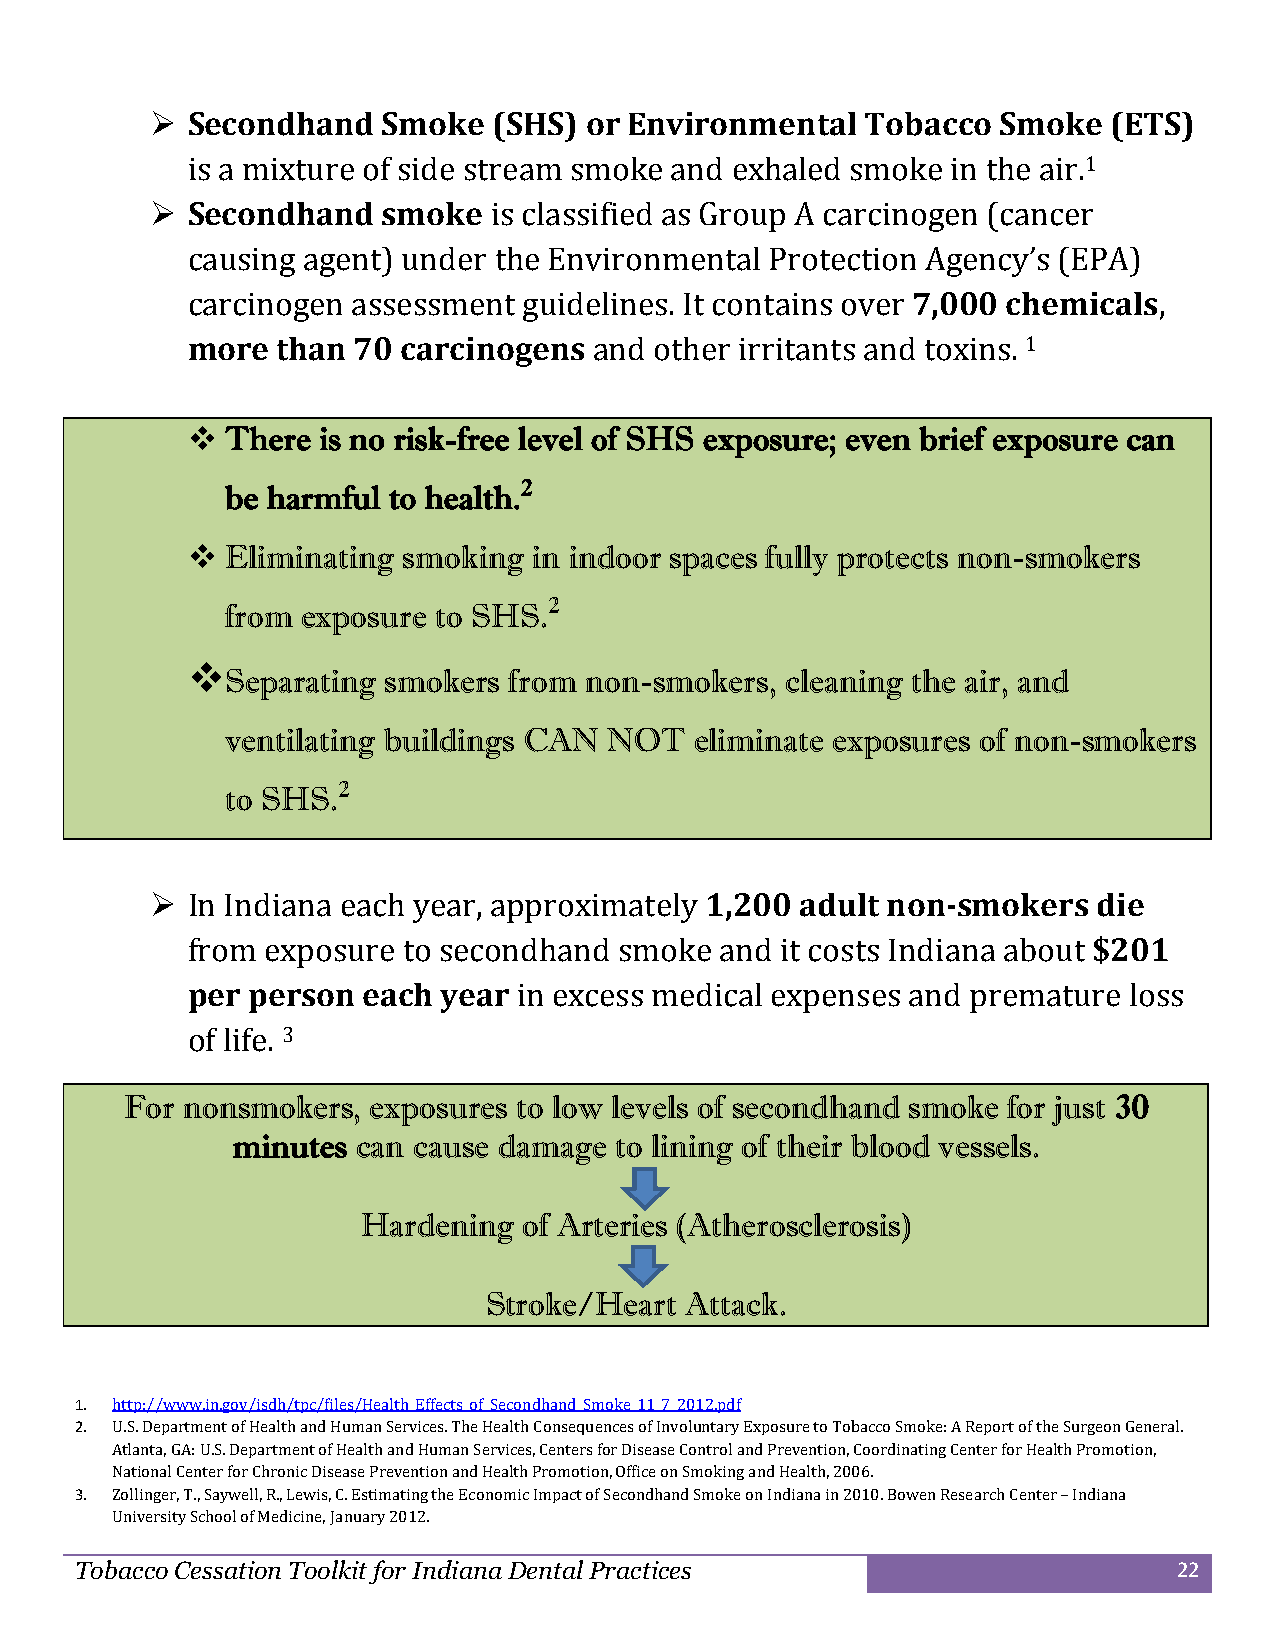
 Secondhand   Smoke   (SHS) or Environmental  Tobacco  Smoke  (ETS)
 is a mixture of side stream smoke and exhaled smoke in the air.1
  Secondhand   smoke  is classified as Group A carcinogen (cancer
 causing agent) under the Environmental Protection Agency’s (EPA)
 carcinogen assessment  guidelines. It contains over 7,000 chemicals,
 more  than 70  carcinogens and other irritants and toxins. 1
   There is no risk-free level of SHS exposure; even brief exposure can
 be harmful to health.2
   Eliminating smoking in indoor spaces fully protects non-smokers
 from exposure to SHS.2
 
 Separating smokers from non-smokers, cleaning the air, and
 ventilating buildings CAN NOT  eliminate exposures of non-smokers
 to SHS.2
  In Indiana each year, approximately 1,200 adult non-smokers  die
 from exposure  to secondhand smoke  and it costs Indiana about $201
 per person  each year in excess medical expenses and premature loss
 of life. 3
 For nonsmokers,  exposures to low levels of secondhand smoke for just 30
 minutes  can cause damage to lining of their blood vessels.
 Hardening  of Arteries (Atherosclerosis)
 Stroke/Heart Attack.
 1. http://www.in.gov/isdh/tpc/files/Health_Effects_of_Secondhand_Smoke_11_7_2012.pdf
 2. U.S. Department of Health and Human Services. The Health Consequences of Involuntary Exposure to Tobacco Smoke: A Report of the Surgeon General.
 Atlanta, GA: U.S. Department of Health and Human Services, Centers for Disease Control and Prevention, Coordinating Center for Health Promotion,
 National Center for Chronic Disease Prevention and Health Promotion, Office on Smoking and Health, 2006.
 3. Zollinger, T., Saywell, R., Lewis, C. Estimating the Economic Impact of Secondhand Smoke on Indiana in 2010. Bowen Research Center – Indiana
 University School of Medicine, January 2012.
 Tobacco Cessation Toolkit for Indiana Dental Practices                   22